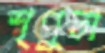
শৃণুতা